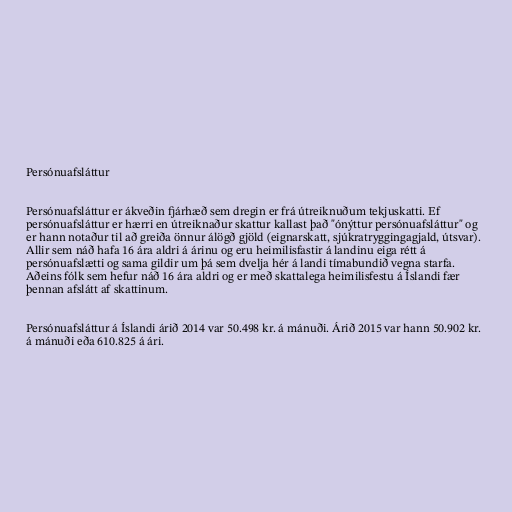
Persónuafsláttur

Persónuafsláttur er ákveðin fjárhæð sem dregin er frá útreiknuðum tekjuskatti. Ef
persónuafsláttur er hærri en útreiknaður skattur kallast það "ónýttur persónuafsláttur" og
er hann notaður til að greiða önnur álögð gjöld (eignarskatt, sjúkratryggingagjald, útsvar).
Allir sem náð hafa 16 ára aldri á árinu og eru heimilisfastir á landinu eiga rétt á
persónuafslætti og sama gildir um þá sem dvelja hér á landi tímabundið vegna starfa.
Aðeins fólk sem hefur náð 16 ára aldri og er með skattalega heimilisfestu á Íslandi fær
þennan afslátt af skattinum.

Persónuafsláttur á Íslandi árið 2014 var 50.498 kr. á mánuði. Árið 2015 var hann 50.902 kr.
á mánuði eða 610.825 á ári.